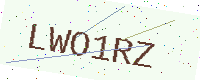
Text: LWO1RZ